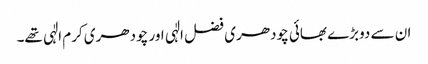
ان سے دوبڑے بھائی چودھری فضل الٰہی اور چودھری کرم الٰہی تھے۔